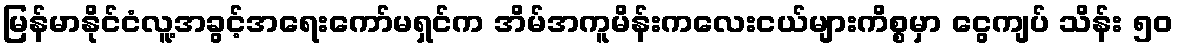
မြန်မာနိုင်ငံလူ့အခွင့်အရေးကော်မရှင်က အိမ်အကူမိန်းကလေးငယ်များကိစ္စမှာ ငွေကျပ် သိန်း ၅၀